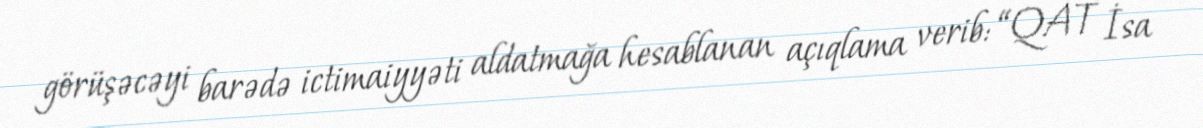
görüşəcəyi barədə ictimaiyyəti aldatmağa hesablanan açıqlama verib: “QAT İsa